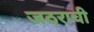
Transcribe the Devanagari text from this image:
जठराची